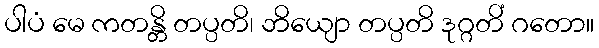
ပါပံ မေ ကတန္တိ တပ္ပတိ၊ ဘိယျော တပ္ပတိ ဒုဂ္ဂတိံ ဂတော။